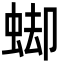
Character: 䖼